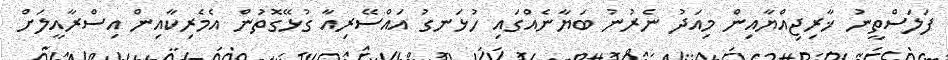
ފަލަސްތީނު ޚާރިޖިއްޔާއިން މިއަދު ނެރުނު ބަޔާނެއްގައި ހުޅަނގު އައްސޭރިއާ ގުޅޭގޮތުން އެމެރިކާއިން އިސްރާއީލަށް